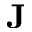
\mathbf { J }